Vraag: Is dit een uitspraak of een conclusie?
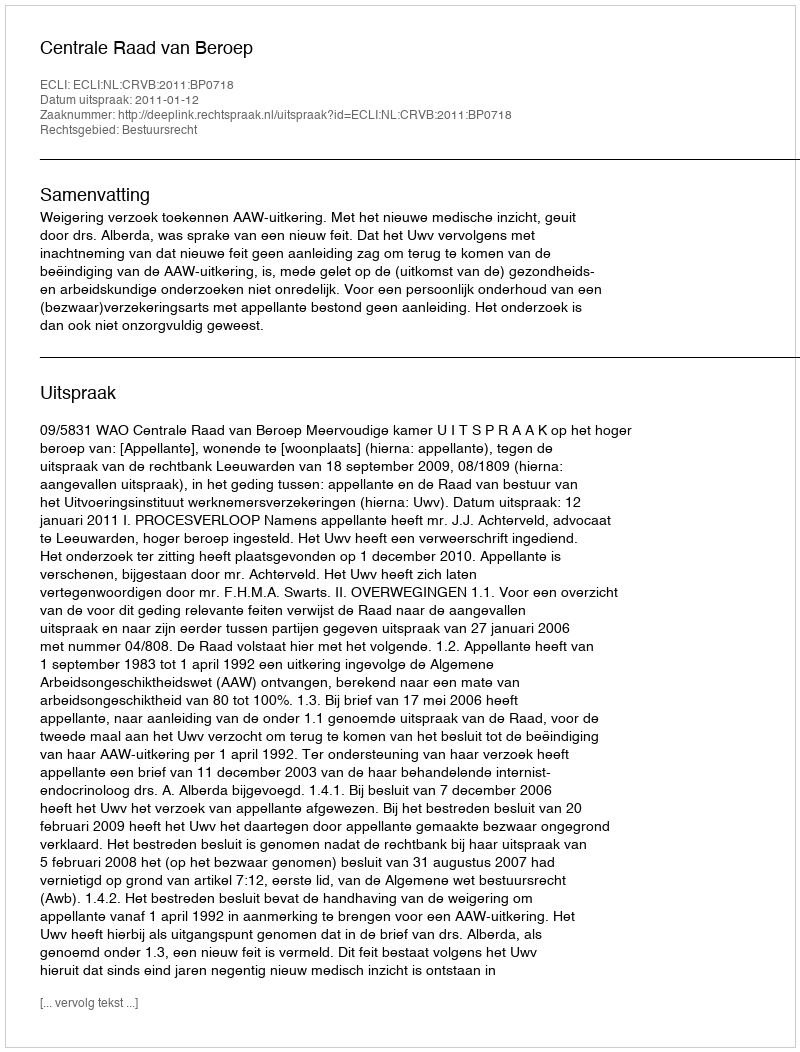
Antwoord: Uitspraak